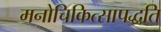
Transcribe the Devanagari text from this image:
मनोचिकित्सापद्धति